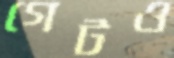
গেটও